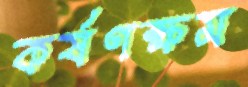
কর্ষণক্ষম